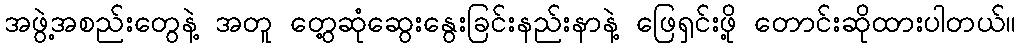
အဖွဲ့အစည်းတွေနဲ့ အတူ တွေ့ဆုံဆွေးနွေးခြင်းနည်းနာနဲ့ ဖြေရှင်းဖို့ တောင်းဆိုထားပါတယ်။